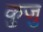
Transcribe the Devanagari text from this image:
कुजु